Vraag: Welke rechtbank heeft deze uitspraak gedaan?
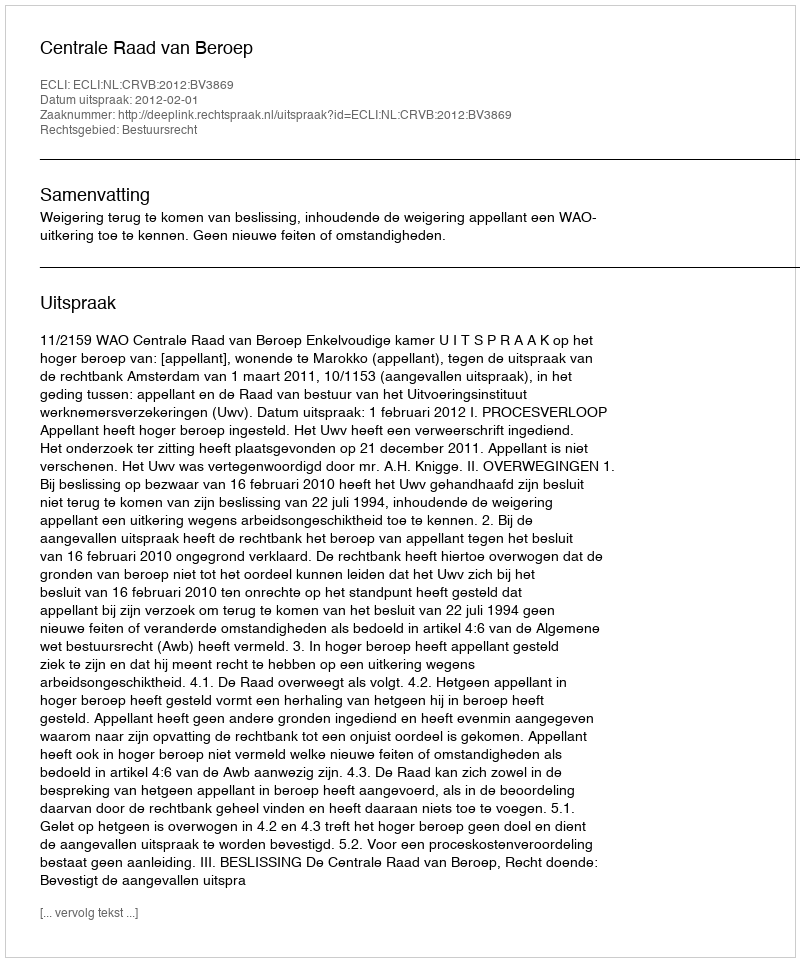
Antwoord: Centrale Raad van Beroep